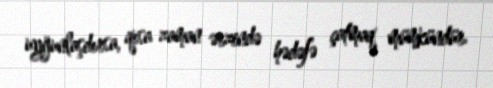
uyğunlaşdırsa, qısa zaman ərzində hədəfə çatmaq mümkündür.